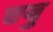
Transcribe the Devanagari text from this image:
एवु